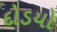
દોડયો